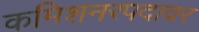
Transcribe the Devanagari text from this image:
कमिशनरपदावर